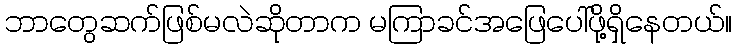
ဘာတွေဆက်ဖြစ်မလဲဆိုတာက မကြာခင်အဖြေပေါ်ဖို့ရှိနေတယ်။